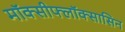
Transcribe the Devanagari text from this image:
मॉक्सीफ्लॉक्सासिन